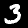
Digit: 3